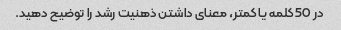
در 50 کلمه یا کمتر، معنای داشتن ذهنیت رشد را توضیح دهید.